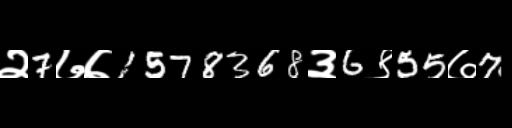
Text: २7७७1578368३6९55७7